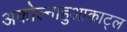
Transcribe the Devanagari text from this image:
अकोल्नाहुआकाट्ल